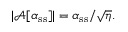
| \mathcal { A } [ \alpha _ { \mathrm { s s } } ] | = \alpha _ { \mathrm { s s } } / \sqrt { \eta } .